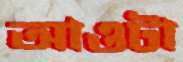
আওটা